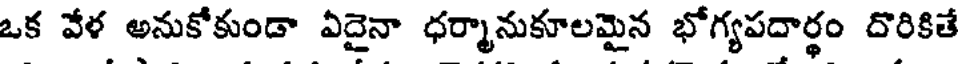
ఒక వేళ అనుకోకుండా ఏదైనా ధర్మానుకూలమైన భోగ్యపదార్థం దొరికితే